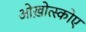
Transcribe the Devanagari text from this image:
ओख़ोत्स्कोए